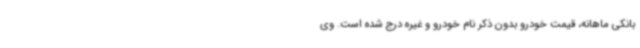
بانکی ماهانه، قیمت خودرو بدون ذکر نام خودرو و غیره درج شده است. وی